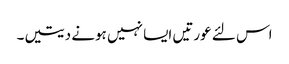
اس لئے عورتیں ایسا نہیں ہونے دیتیں۔